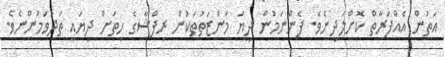
އަތުން އެއްފަރާތް ކޮށްލަދިނެވެ. ފެންނަމުން ދިޔަ މަންޒަތުތަކުން ރިފްޝާގެ ހިތަށް ދިޔައީ ތަދުވަމުންނެވެ.